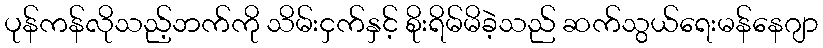
ပုန်ကန်လိုသည့်ဘက်ကို သိမ်းငှက်နှင့် စိုးရိမ်မိခဲ့သည် ဆက်သွယ်ရေးမန်နေဂျာ